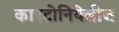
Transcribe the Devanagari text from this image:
काइटोनियेलीज